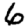
Digit: 6